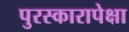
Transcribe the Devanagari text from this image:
पुरस्कारापेक्षा